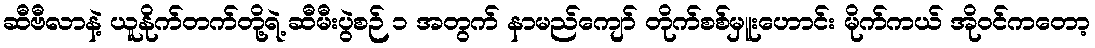
ဆီဗီလာနဲ့ ယူနိုက်တက်တို့ရဲ့ ဆီမီးပွဲစဉ် ၁ အတွက် နာမည်ကျော် တိုက်စစ်မှူးဟောင်း မိုက်ကယ် အိုဝင်ကတော့